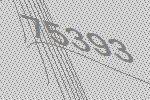
75393